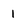
Character: i